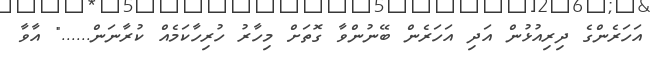
އަހަރެންގެ ދިރިއުޅުން އަދި އަހަރެން ބޭނުންވާ ގޮތަށް މިހާރު ހުރިހާކަމެއް ކުރާނަން......" އާވާ